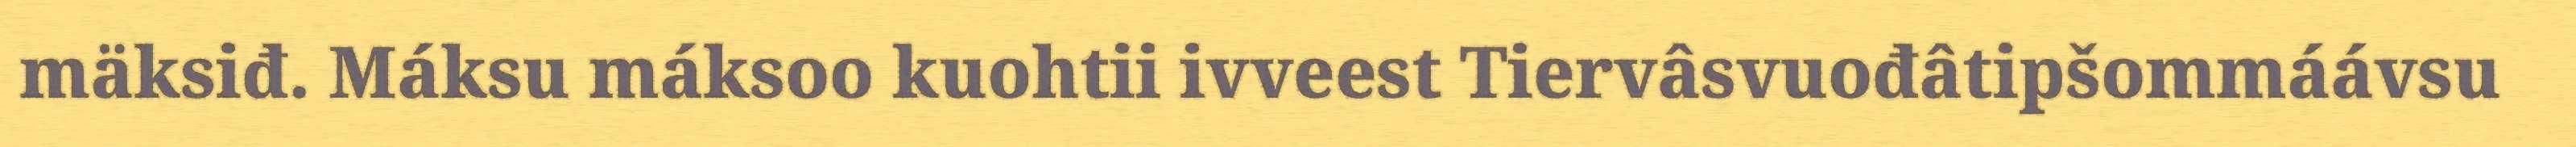
mäksiđ. Máksu máksoo kuohtii ivveest Tiervâsvuođâtipšommáávsu